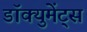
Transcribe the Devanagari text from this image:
डॉक्युमेंट्‌स